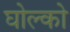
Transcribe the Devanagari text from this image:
घोल्को